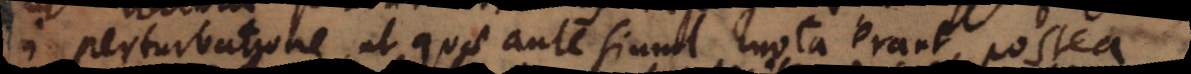
perturbatione, ut quae ante simul mota erant, postea